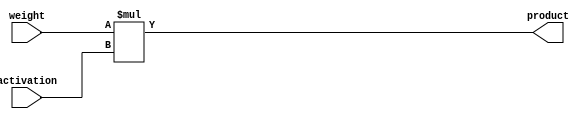
`timescale 1ns / 1ps
//////////////////////////////////////////////////////////////////////////////////
// Company: 
// Engineer: 
// 
// Design Name: 
// Module Name: multiplier
// Project Name: 
// Target Devices: 
// Tool Versions: 
// Description: 
// 
// Dependencies: 
// 
// Revision:
// Revision 0.01 - File Created
// Additional Comments:
// 
//////////////////////////////////////////////////////////////////////////////////


module multiplier(
    input [7:0] weight,
    input [7:0] activation,
    output [15:0] product
    );
    assign product=weight*activation;
endmodule